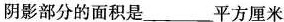
阴影部分的面积是___平方厘米.